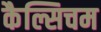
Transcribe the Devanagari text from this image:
कैल्सिचम